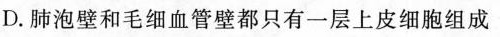
D.肺泡壁和毛细血管壁都只有一层上皮细胞组成